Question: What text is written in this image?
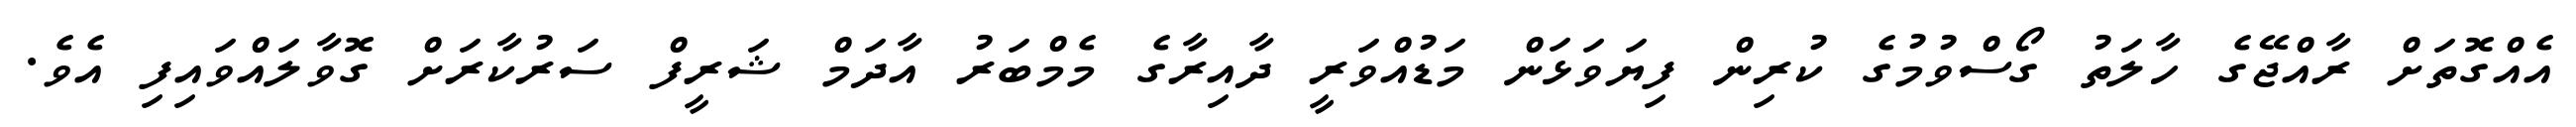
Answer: އެއްގޮތަށް ރާއްޖޭގެ ހާލަތު ގޯސްވުމުގެ ކުރިން ފިޔަވަޅަން މަޑުއްވަރީ ދާއިރާގެ މެމްބަރު އާދަމް ޝަރީފް ސަރުކާރަށް ގޮވާލައްވައިފި އެވެ.